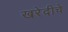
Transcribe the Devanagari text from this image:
खरेदीचे